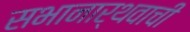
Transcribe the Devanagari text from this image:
सभानार्थवाची